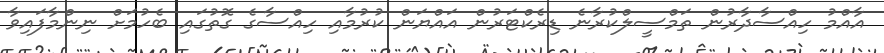
އާއްމު ހިއްސާދާރުން ތަމްސީލްކުރާނެ ޑިރެކްޓަރުން އައްޔަން ކުރުމާއި ހިއްސާގެ ގޮތުގައި ބެހުމަށް ނިންމާފައިވާ